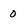
Character: 0